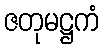
ဇတုမဋ္ဌကံ